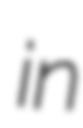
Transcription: in